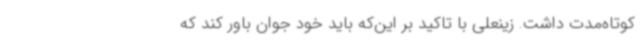
کوتاه‌مدت داشت. زینعلی با تاکید بر این‌که باید خود جوان باور کند که